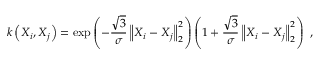
k \left( \boldsymbol { X } _ { i } , \boldsymbol { X } _ { j } \right) = \exp { \left( - \frac { \sqrt { 3 } } { \sigma } \left\lVert \boldsymbol { X } _ { i } - \boldsymbol { X } _ { j } \right\rVert _ { 2 } ^ { 2 } \right) } \left( 1 + \frac { \sqrt { 3 } } { \sigma } \left\lVert \boldsymbol { X } _ { i } - \boldsymbol { X } _ { j } \right\rVert _ { 2 } ^ { 2 } \right) ~ ,